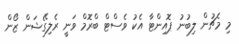
މި މެޗުން ލިބުނު ޕޮއިންޓާ އެކު ވެސްޓް ބްރޮމް ވަނީ ރެލިގޭޝަން ޒޯން